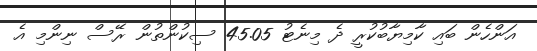
އަންހެން ބައި ކާމިޔާބުކުރީ ދެ މިނެޓު 45.05 ސިކުންތުން ރޭސް ނިންމި އެ